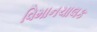
વિમાનચાલક